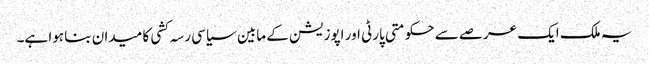
یہ ملک ایک عرصے سے حکومتی پارٹی اور اپوزیشن کے مابین سیاسی رسہ کشی کا میدان بنا ہوا ہے۔